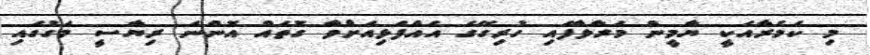
މި ކެމެރާއަކީ ޔާމީން މަރާލާފައި ހުރިގޭގެ އެއްފަޅިއަށްވާ ގޮތައް އޮންނަ ރިޔާސީ މަގުގައި